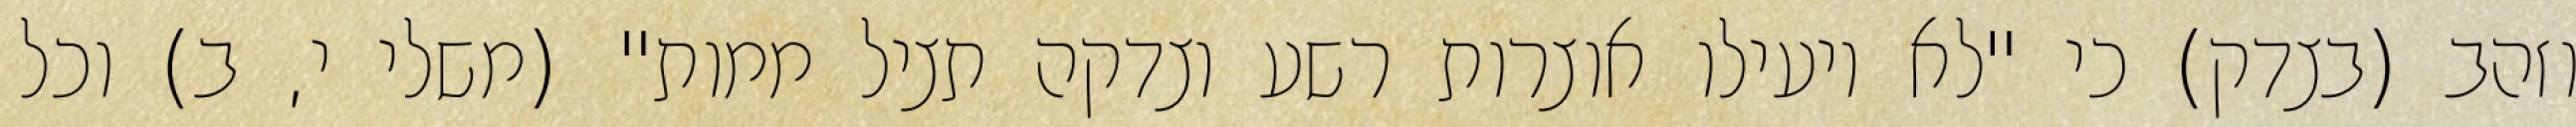
וזהב (בצדק) כי "לא יועילו אוצרות רשע וצדקה תציל ממות" (משלי י, ב) וכל